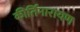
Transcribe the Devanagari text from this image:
कीर्तिनारायण